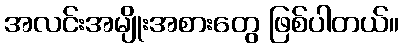
အလင်းအမျိုးအစားတွေ ဖြစ်ပါတယ်။